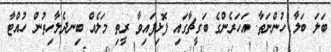
ބަލަ ބަލާ ހުންނަތާ. އަހަރެންގެ ބަގީޗާގައި ފޮޅިފައިވާ ރީތި މަލެއް ބިނދެލާހިތުން ހުއްޓާ